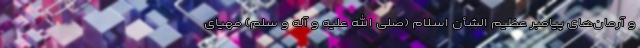
و آرمان‌های پیامبر عظیم الشأن اسلام (صلی الله علیه و آله و سلم) مهیای